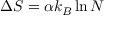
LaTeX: \Delta S = \alpha k _ { B } \ln N